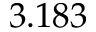
3 . 1 8 3